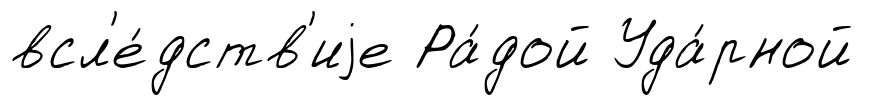
всл'е́дств'иjе Ра́дой Уда́рной